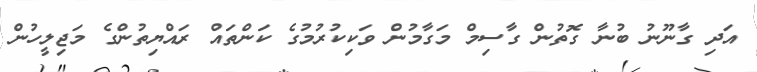
އަދި ގާނޫނު ބުނާ ގޮތުން ގާސިމް މަގާމުން ވަކިކުރުމުގެ ކަންތައް ރައްޔިތުންގެ މަޖިލީހުން